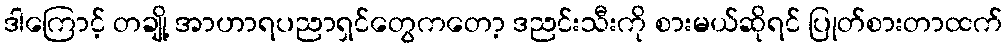
ဒါကြောင့် တချို့ အာဟာရပညာရှင်တွေကတော့ ဒညင်းသီးကို စားမယ်ဆိုရင် ပြုတ်စားတာထက်